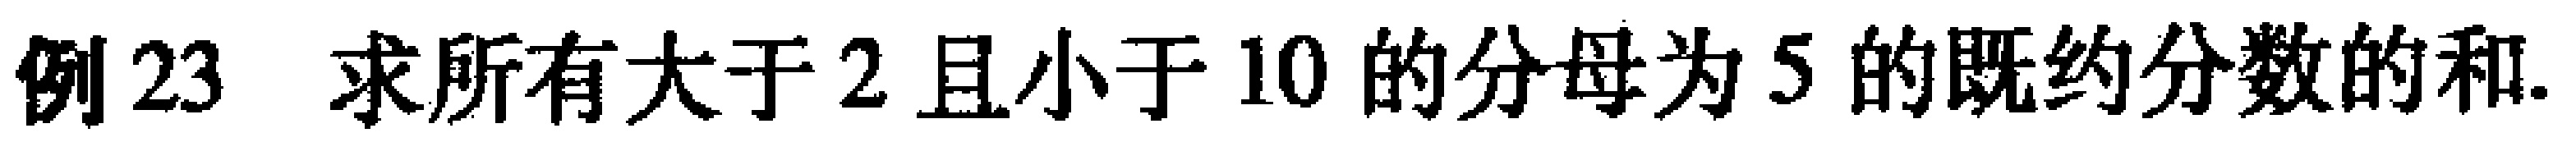
例 23 求所有大于 2 且小于 10 的分母为 5 的既约分数的和.